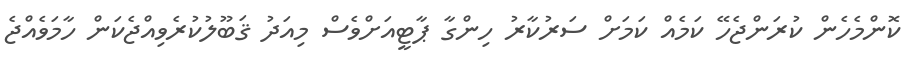
ކޮންމެހެން ކުރަންޖެހޭ ކަމެއް ކަމަށް ސަރުކާރު ހިންގާ ޕާޓީއަށްވެސް މިއަދު ޤަބޫލުކުރެވިއްޖެކަން ހާމަވެއްޖެ